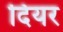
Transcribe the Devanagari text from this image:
दियर